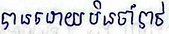
បានដោយមិនចាំបាច់